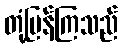
တုံ့ပြန်ကြသည်